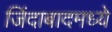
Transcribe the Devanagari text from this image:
जिंदाबादमध्ये